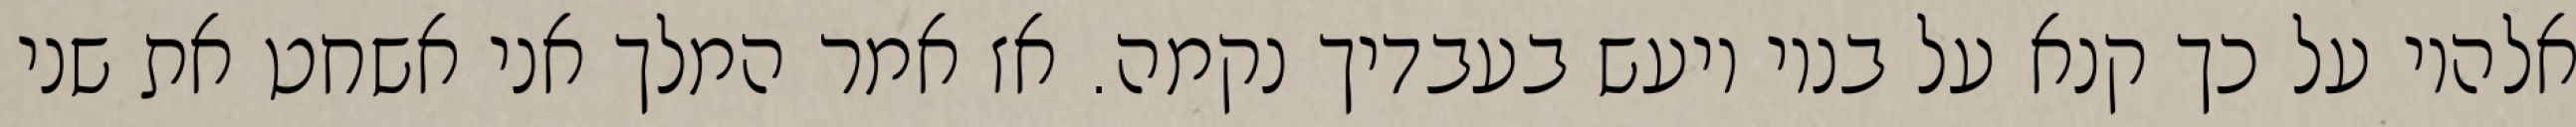
אלהיו על כך קנא על בניו ויעש בעבדיך נקמה. אז אמר המלך אני אשחט את שני